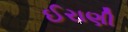
ઈરાણી